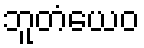
ဘူတံယေဝ